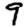
Digit: 9